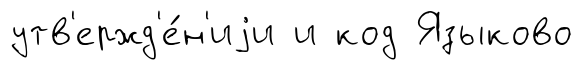
утв'ержд'е́н'иjи и код Языково